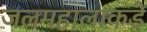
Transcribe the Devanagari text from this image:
जलमहालाकडे